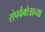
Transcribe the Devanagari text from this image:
संपर्कक्षेत्राच्या